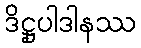
ဒိဋ္ဌုပါဒါနဿ